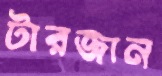
টারজান